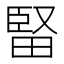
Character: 𤲗